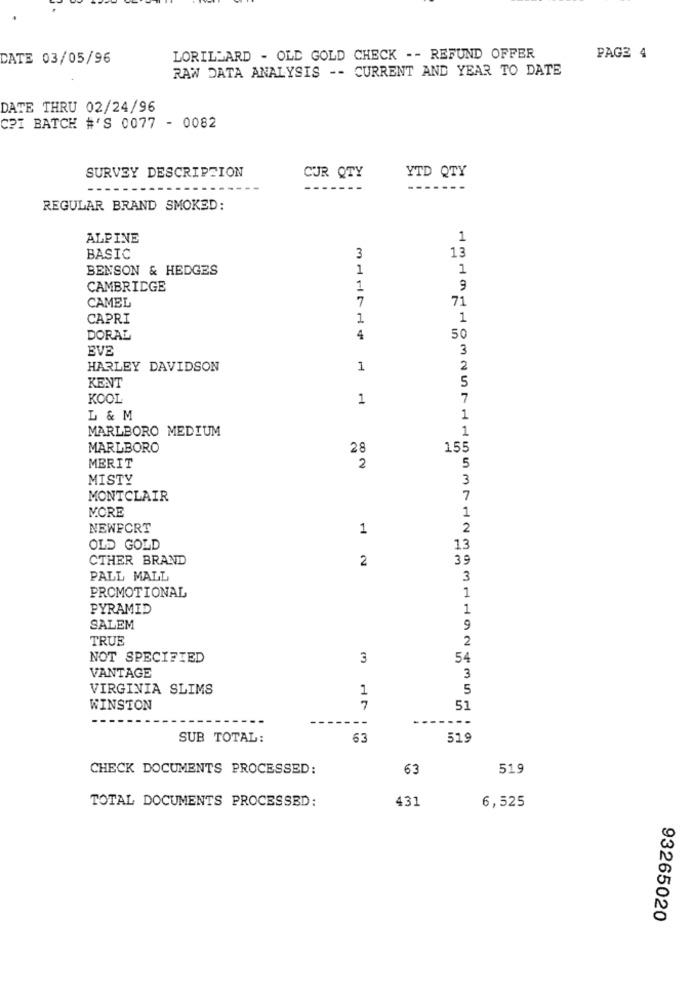
DATE 03/05/96
LORILLARD - OLD GOLD CHECK - - REFUND OFFER
PAGE 4
RAW DATA ANALYSIS -- CURRENT AND YEAR TO DATE
DATE THRU 02/24/96
CPI BATCH #'S 0077 - 0082
SURVEY DESCRIPTION
CUR QTY
YTD QTY
REGULAR BRAND SMOKED:
ALPINE
1
BASIC
3
13
BENSON & HEDGES
1
1
CAMBRIDGE
1
9
7
71
CAMEL
CAPRI
1
1
50
DORAL
4
EVE
3
HARLEY DAVIDSON
1
2
KENT
5
KOOL
1
7
L & M
1
MARLBORO MEDIUM
1
MARLBORO
28
155
MERIT
2
5
MISTY
3
MONTCLAIR
7
MORE
1
NEWPORT
1
2
OLD GOLD
13
CTHER BRAND
2
39
PALL MALL
3
1
PROMOTIONAL
PYRAMID
1
SALEM
9
TRUE
2
NOT SPECIFIED
3
54
VANTAGE
3
VIRGINIA SLIMS
1
5
WINSTON
7
51
SUB TOTAL:
63
519
CHECK DOCUMENTS PROCESSED:
63
519
TOTAL DOCUMENTS PROCESSED:
431
6,525
93265020